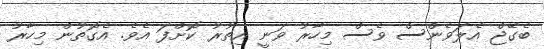
ބެގޭޖް އެލަވެންސް ވެސް މިހާރު ވަނީ އިތުރު ކޮށްފަ އެވެ. އެގޮތުން މިހާރު